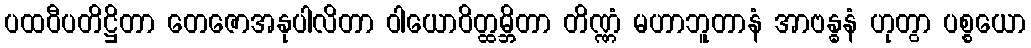
ပထဝီပတိဋ္ဌိတာ တေဇောအနုပါလိတာ ဝါယောဝိတ္ထမ္ဘိတာ တိဏ္ဏံ မဟာဘူတာနံ အာဗန္ဓနံ ဟုတွာ ပစ္စယော